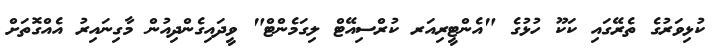
ކުޅިވަރުގެ ތެރޭގައި ކަކޫ ހުޅުގެ "އެންޓީރިއަރ ކުރްސިއޭޓް ލިގަމެންޓް" ވީދައިގެންދިއުން މާގިނައިރު އެއްގޮތަށް